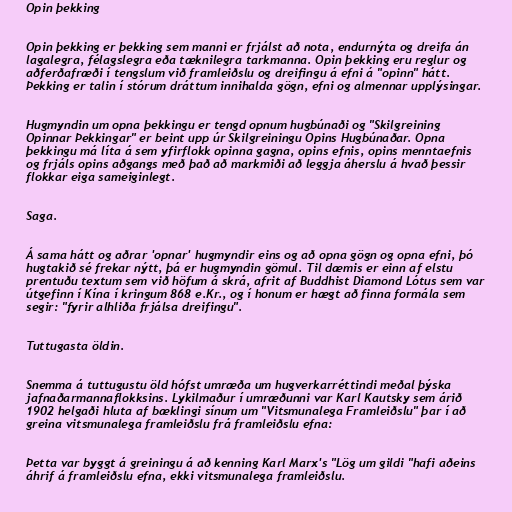
Opin þekking

Opin þekking er þekking sem manni er frjálst að nota, endurnýta og dreifa án
lagalegra, félagslegra eða tæknilegra tarkmanna. Opin þekking eru reglur og
aðferðafræði í tengslum við framleiðslu og dreifingu á efni á "opinn" hátt.
Þekking er talin í stórum dráttum innihalda gögn, efni og almennar upplýsingar.

Hugmyndin um opna þekkingu er tengd opnum hugbúnaði og "Skilgreining
Opinnar Þekkingar" er beint upp úr Skilgreiningu Opins Hugbúnaðar. Opna
þekkingu má líta á sem yfirflokk opinna gagna, opins efnis, opins menntaefnis
og frjáls opins aðgangs með það að markmiði að leggja áherslu á hvað þessir
flokkar eiga sameiginlegt.

Saga.

Á sama hátt og aðrar 'opnar' hugmyndir eins og að opna gögn og opna efni, þó
hugtakið sé frekar nýtt, þá er hugmyndin gömul. Til dæmis er einn af elstu
prentuðu textum sem við höfum á skrá, afrit af Buddhist Diamond Lótus sem var
útgefinn í Kína í kringum 868 e.Kr., og í honum er hægt að finna formála sem
segir: "fyrir alhliða frjálsa dreifingu".

Tuttugasta öldin.

Snemma á tuttugustu öld hófst umræða um hugverkarréttindi meðal þýska
jafnaðarmannaflokksins. Lykilmaður í umræðunni var Karl Kautsky sem árið
1902 helgaði hluta af bæklingi sínum um "Vitsmunalega Framleiðslu" þar í að
greina vitsmunalega framleiðslu frá framleiðslu efna:

Þetta var byggt á greiningu á að kenning Karl Marx's "Lög um gildi "hafi aðeins
áhrif á framleiðslu efna, ekki vitsmunalega framleiðslu.